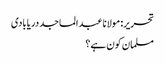
تحریر: مولانا عبد الماجد دریابادی
مسلمان کون ہے؟